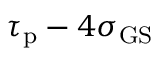
\tau _ { \mathrm { p } } - 4 \sigma _ { \mathrm { G S } }